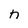
Character: n